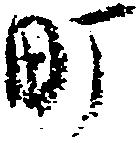
町